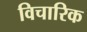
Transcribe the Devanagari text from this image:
विचारिक